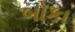
બોકા